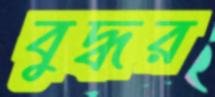
বুদ্ধর